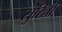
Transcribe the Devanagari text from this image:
सुरिची